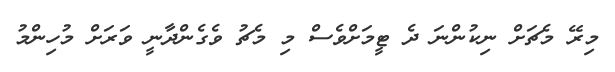
މިރޭ މެޗަށް ނިކުންނަ ދެ ޓީމަށްވެސް މި މެޗު ވެގެންދާނީ ވަރަށް މުހިންމު